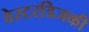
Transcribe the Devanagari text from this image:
वेस्टरडिजकी